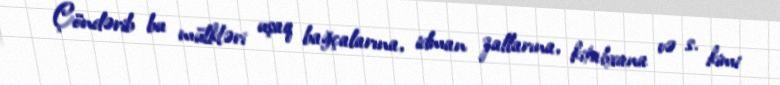
Çöndərib bu mülkləri uşaq bağçalarına, idman zallarına, kitabxana və s. kimi